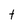
Character: f